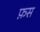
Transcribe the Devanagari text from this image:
फ़स